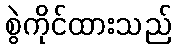
စွဲကိုင်ထားသည်